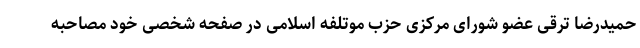
حمیدرضا ترقی عضو شورای مرکزی حزب موتلفه اسلامی در صفحه شخصی خود مصاحبه